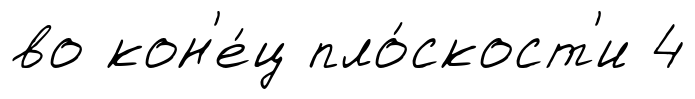
во кон'е́ц пло́скост'и 4